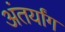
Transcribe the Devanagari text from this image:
अंतर्यांग